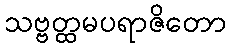
သဗ္ဗတ္ထမပရာဇိတော